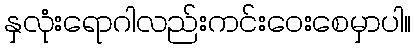
နှလုံးရောဂါလည်းကင်းဝေးစေမှာပါ။